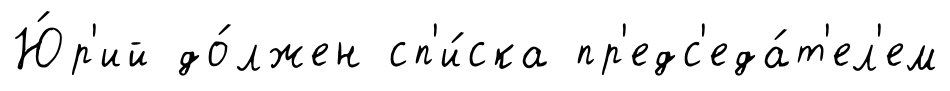
Ю́р'ий до́лжен сп'и́ска пр'едс'еда́т'ел'ем